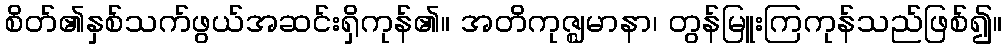
စိတ်၏နှစ်သက်ဖွယ်အဆင်းရှိကုန်၏။ အတိကုဇ္ဈမာနာ၊ တွန်မြူးကြကုန်သည်ဖြစ်၍။